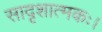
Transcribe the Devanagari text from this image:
सादृशात्मकः।